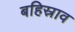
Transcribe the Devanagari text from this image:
बहिस्राव